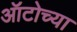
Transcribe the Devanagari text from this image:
ऑटोच्या